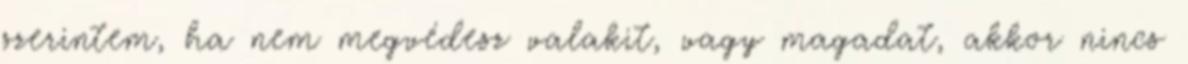
szerintem, ha nem megvédesz valakit, vagy magadat, akkor nincs